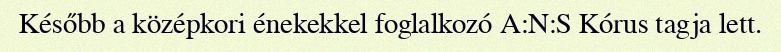
Később a középkori énekekkel foglalkozó A:N:S Kórus tagja lett.